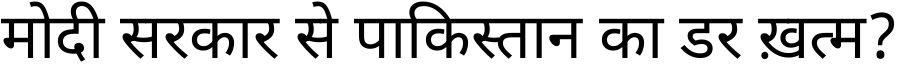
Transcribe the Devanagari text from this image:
मोदी सरकार से पाकिस्तान का डर ख़त्म?